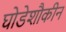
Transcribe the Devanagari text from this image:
घोडेशौकीन